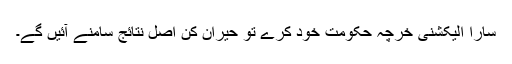
سارا الیکشنی خرچہ حکومت خود کرے تو حیران کن اصل نتائج سامنے آئیں گے۔